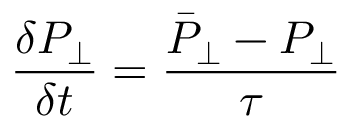
\frac { \delta P _ { \perp } } { \delta t } = \frac { \bar { P } _ { \perp } - P _ { \perp } } { \tau }